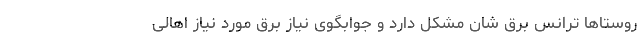
روستاها ترانس برق شان مشکل دارد و جوابگوی نیاز برق مورد نیاز اهالی